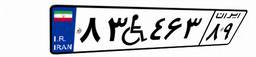
۸۳W۴۶۳۸۹